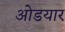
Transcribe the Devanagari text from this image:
ओडयार